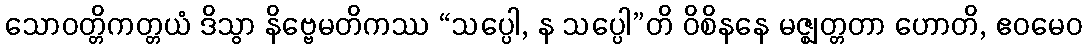
သောဝတ္တိကတ္တယံ ဒိသွာ နိဗ္ဗေမတိကဿ “သပ္ပေါ, န သပ္ပေါ”တိ ဝိစိနနေ မဇ္ဈတ္တတာ ဟောတိ, ဧဝမေဝ